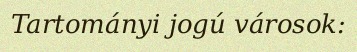
Tartományi jogú városok: